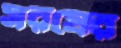
সরষের